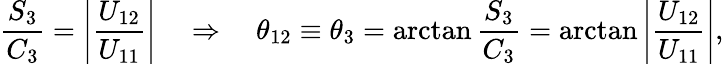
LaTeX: \frac{S_{3}}{C_{3}}=\left|\frac{U_{12}}{U_{11}}\right|\quad\Rightarrow\quad\theta_{12}\equiv\theta_{3}=\arctan\frac{S_{3}}{C_{3}}=\arctan\left|\frac{U_{12}}{U_{11}}\right|,